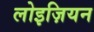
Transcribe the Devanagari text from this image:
लोइज़ियन